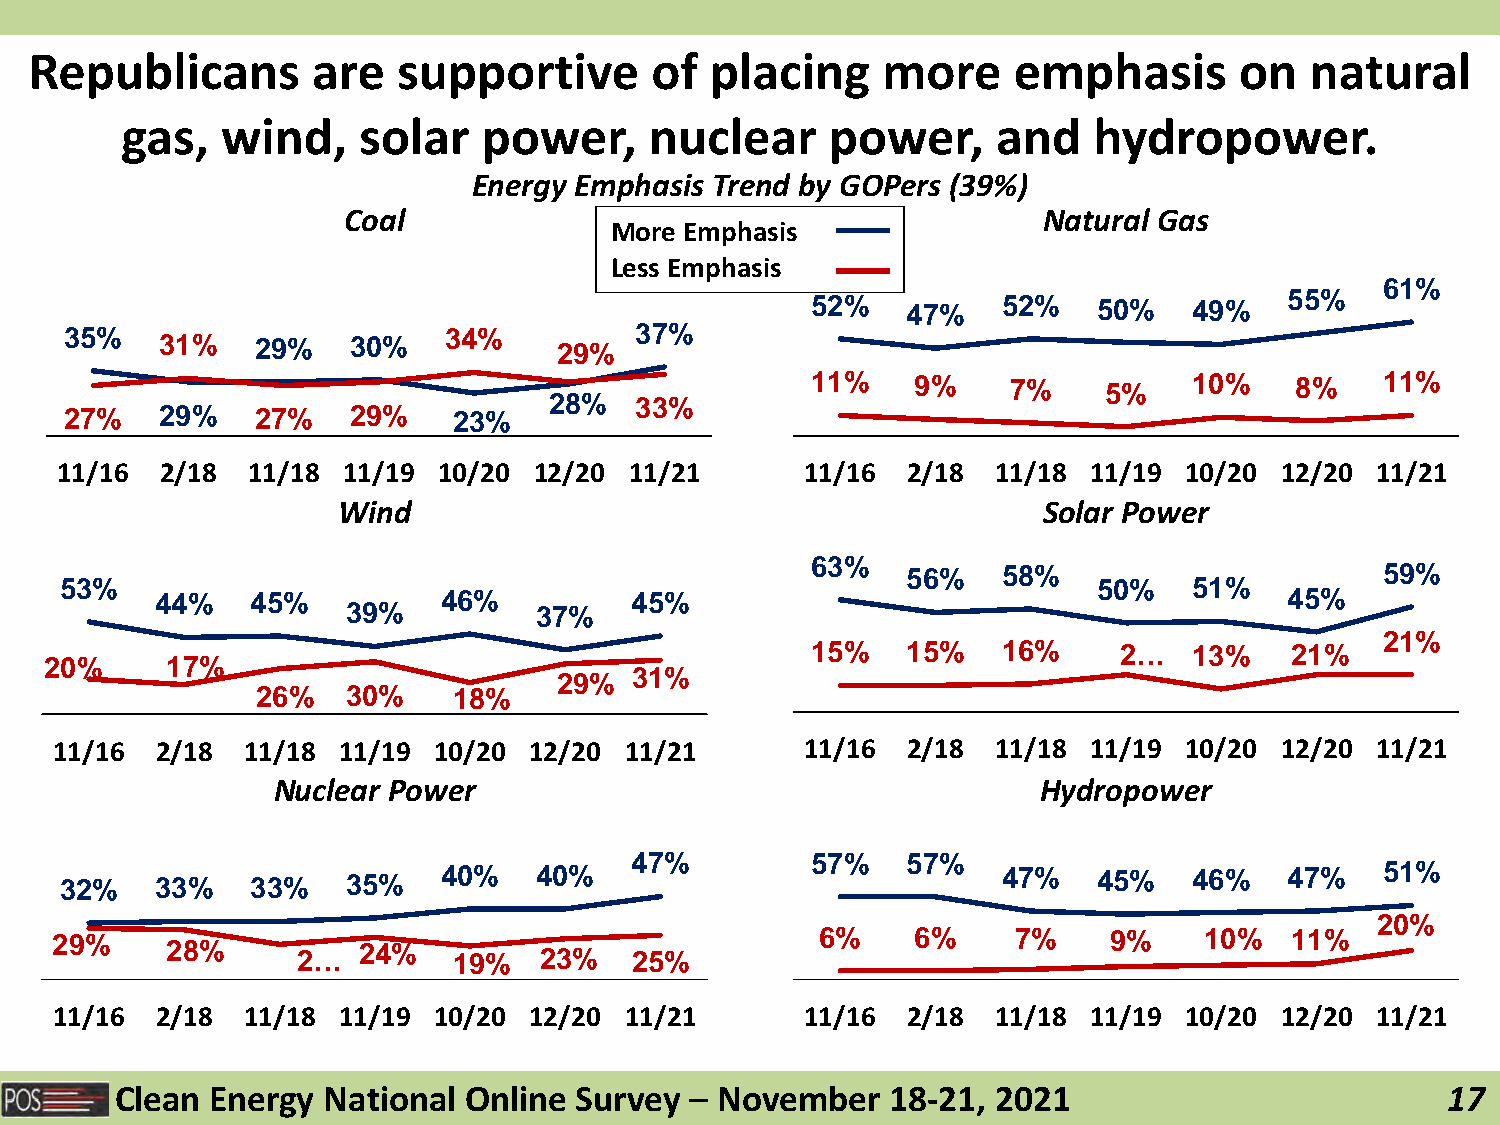
Republicans        are  supportive       of  placing    more     emphasis       on   natural
 gas,   wind,    solar   power,     nuclear     power,     and   hydropower.
 Energy Emphasis Trend by GOPers (39%)
 Coal                                          Natural Gas
 More Emphasis
 Less Emphasis
 61%
 52%   47%   52%    50%   49%   55%
 35%    31%   29%   30%   34%     29%  37%
 11%    9%    7%    5%    10%    8%    11%
 28%   33%
 27%    29%   27%   29%    23%
 11/16  2/18 11/18  11/19 10/20 12/20  11/21      11/16  2/18  11/18 11/19 10/20  12/20 11/21
 Wind                                           Solar Power
 63%
 56%   58%                       59%
 53%                                                                  50%   51%
 44%    45%         46%          45%                                        45%
 39%         37%
 21%
 15%   15%   16%     2…   13%   21%
 20%     17%
 29%  31%
 26%   30%    18%
 11/16 2/18  11/18 11/19  10/20 12/20 11/21       11/16  2/18  11/18 11/19 10/20  12/20 11/21
 Nuclear Power                                      Hydropower
 47%         57%   57%
 32%   33%    33%   35%   40%   40%                            47%    45%   46%   47%    51%
 20%
 29%     28%      2…  24%   19%   23%   25%         6%     6%    7%    9%     10%  11%
 11/16 2/18  11/18 11/19  10/20 12/20 11/21       11/16  2/18  11/18 11/19 10/20  12/20 11/21
 Clean Energy National  Online Survey  – November   18-21, 2021                          17